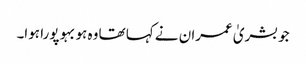
جو بشریٰ عمران نے کہا تھا وہ ہوبہو پورا ہوا۔